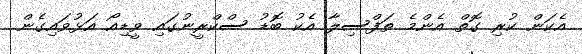
އެކަން ކުރި ގޮތް އެންމެ ތަފްސިލާ އެކު ބޮޑު ސްކްރީނުގައި ވީޑިއޯ އަޅުވައިގެން